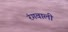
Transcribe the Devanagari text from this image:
रंगवाली